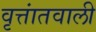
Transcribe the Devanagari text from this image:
वृत्तांतवाली